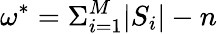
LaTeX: \omega^{*}=\Sigma_{i=1}^{M}|S_{i}|-n